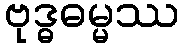
ဗုဒ္ဓဓမ္မဿ